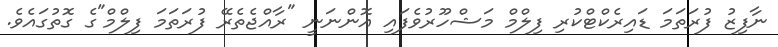
ނާފިޒު ފުރަތަމަ ޑައިރެކްޓްކުރި ފިލްމް މަޝްހޫރުވެފައި އޮންނަނީ "ރާއްޖެތެރޭ ފުރަތަމަ ފިލްމް"ގެ ގޮތުގައެވެ.